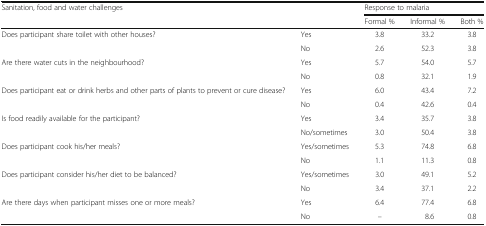
| <ROWSPAN=2-COLSPAN=2> Sanitation, food and water challenges | <COLSPAN=3> Response to malaria |
 | Formal % | Informal % | Both % |
 | --- | --- | --- | --- | --- |
 | <ROWSPAN=2> Does participant share toilet with other houses? | Yes | 3.8 | 33.2 | 3.8 |
 | No | 2.6 | 52.3 | 3.8 |
 | <ROWSPAN=2> Are there water cuts in the neighbourhood? | Yes | 5.7 | 54.0 | 5.7 |
 | No | 0.8 | 32.1 | 1.9 |
 | <ROWSPAN=2> Does participant eat or drink herbs and other parts of plants to prevent or cure disease? | Yes | 6.0 | 43.4 | 7.2 |
 | No | 0.4 | 42.6 | 0.4 |
 | <ROWSPAN=2> Is food readily available for the participant? | Yes | 3.4 | 35.7 | 3.8 |
 | No/sometimes | 3.0 | 50.4 | 3.8 |
 | <ROWSPAN=2> Does participant cook his/her meals? | Yes/sometimes | 5.3 | 74.8 | 6.8 |
 | No | 1.1 | 11.3 | 0.8 |
 | <ROWSPAN=2> Does participant consider his/her diet to be balanced? | Yes/sometimes | 3.0 | 49.1 | 5.2 |
 | No | 3.4 | 37.1 | 2.2 |
 | <ROWSPAN=2> Are there days when participant misses one or more meals? | Yes | 6.4 | 77.4 | 6.8 |
 | No | – | 8.6 | 0.8 |